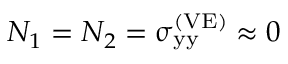
N _ { 1 } = N _ { 2 } = { \upsigma } _ { \mathrm { y y } } ^ { \left( \mathrm { V E } \right) } \approx 0